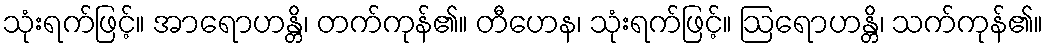
သုံးရက်ဖြင့်။ အာရောဟန္တိ၊ တက်ကုန်၏။ တီဟေန၊ သုံးရက်ဖြင့်။ ဩရောဟန္တိ၊ သက်ကုန်၏။